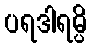
ပရဒါရမ္ပိ